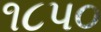
૧૮પ૦